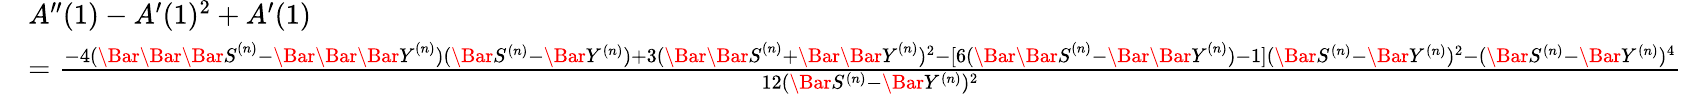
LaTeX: \begin{array}{rl}&{A^{\prime\prime}(1)-A^{\prime}(1)^{2}+A^{\prime}(1)}\\ &{=\frac{-4(\Bar{\Bar{\Bar{S}}}^{(n)}-\Bar{\Bar{\Bar{Y}}}^{(n)})(\Bar{S}^{(n)}-\Bar{Y}^{(n)})+3(\Bar{\Bar{S}}^{(n)}+\Bar{\Bar{Y}}^{(n)})^{2}-[6({\Bar{\Bar{S}}}^{(n)}-{\Bar{\Bar{Y}}}^{(n)})-1](\Bar{S}^{(n)}-\Bar{Y}^{(n)})^{2}-(\Bar{S}^{(n)}-\Bar{Y}^{(n)})^{4}}{12(\Bar{S}^{(n)}-\Bar{Y}^{(n)})^{2}}}\end{array}